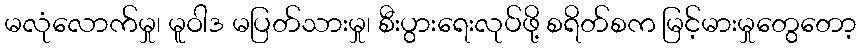
မလုံလောက်မှု၊ မူဝါဒ မပြတ်သားမှု၊ စီးပွားရေးလုပ်ဖို့ စရိတ်စက မြင့်မားမှုတွေတော့